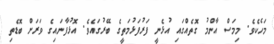
މަހެކެވެ. މިމަސް އާންމު ގޮތެއްގައި އުޅެނީ ފަރުފަޅުމަތީގެ ބޭރުގައެވެ. އޮޅުފާނައިގެ ވަރަށް ބޮޑެތި